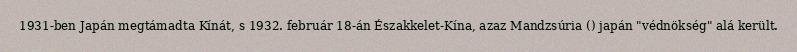
1931-ben Japán megtámadta Kínát, s 1932. február 18-án Északkelet-Kína, azaz Mandzsúria () japán "védnökség" alá került.